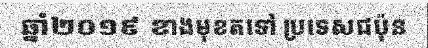
ឆ្នាំ២០១៩ ខាងមុខតទៅ ប្រទេសជប៉ុន